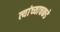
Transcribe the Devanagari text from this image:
त्यांच्याचकडे